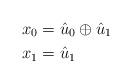
LaTeX: \begin{align*} x_0 &= \hat{u}_0 \oplus \hat{u}_1 \\ x_1 &= \hat{u}_1 \end{align*}